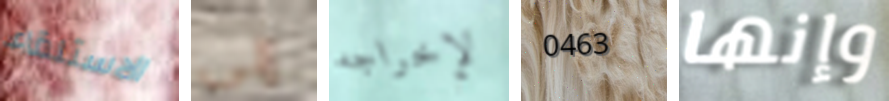
الاستلقاء إلى لإخراجه 0463 وإنها